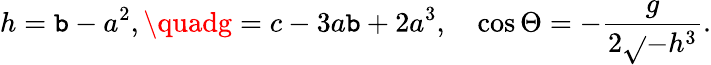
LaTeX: h=\mathtt{b}-a^{2},\quadg=c-3a\mathtt{b}+2a^{3},\quad\cos\Theta=-\frac{{g}}{{2\sqrt{}{{-h^{3}}}}}.